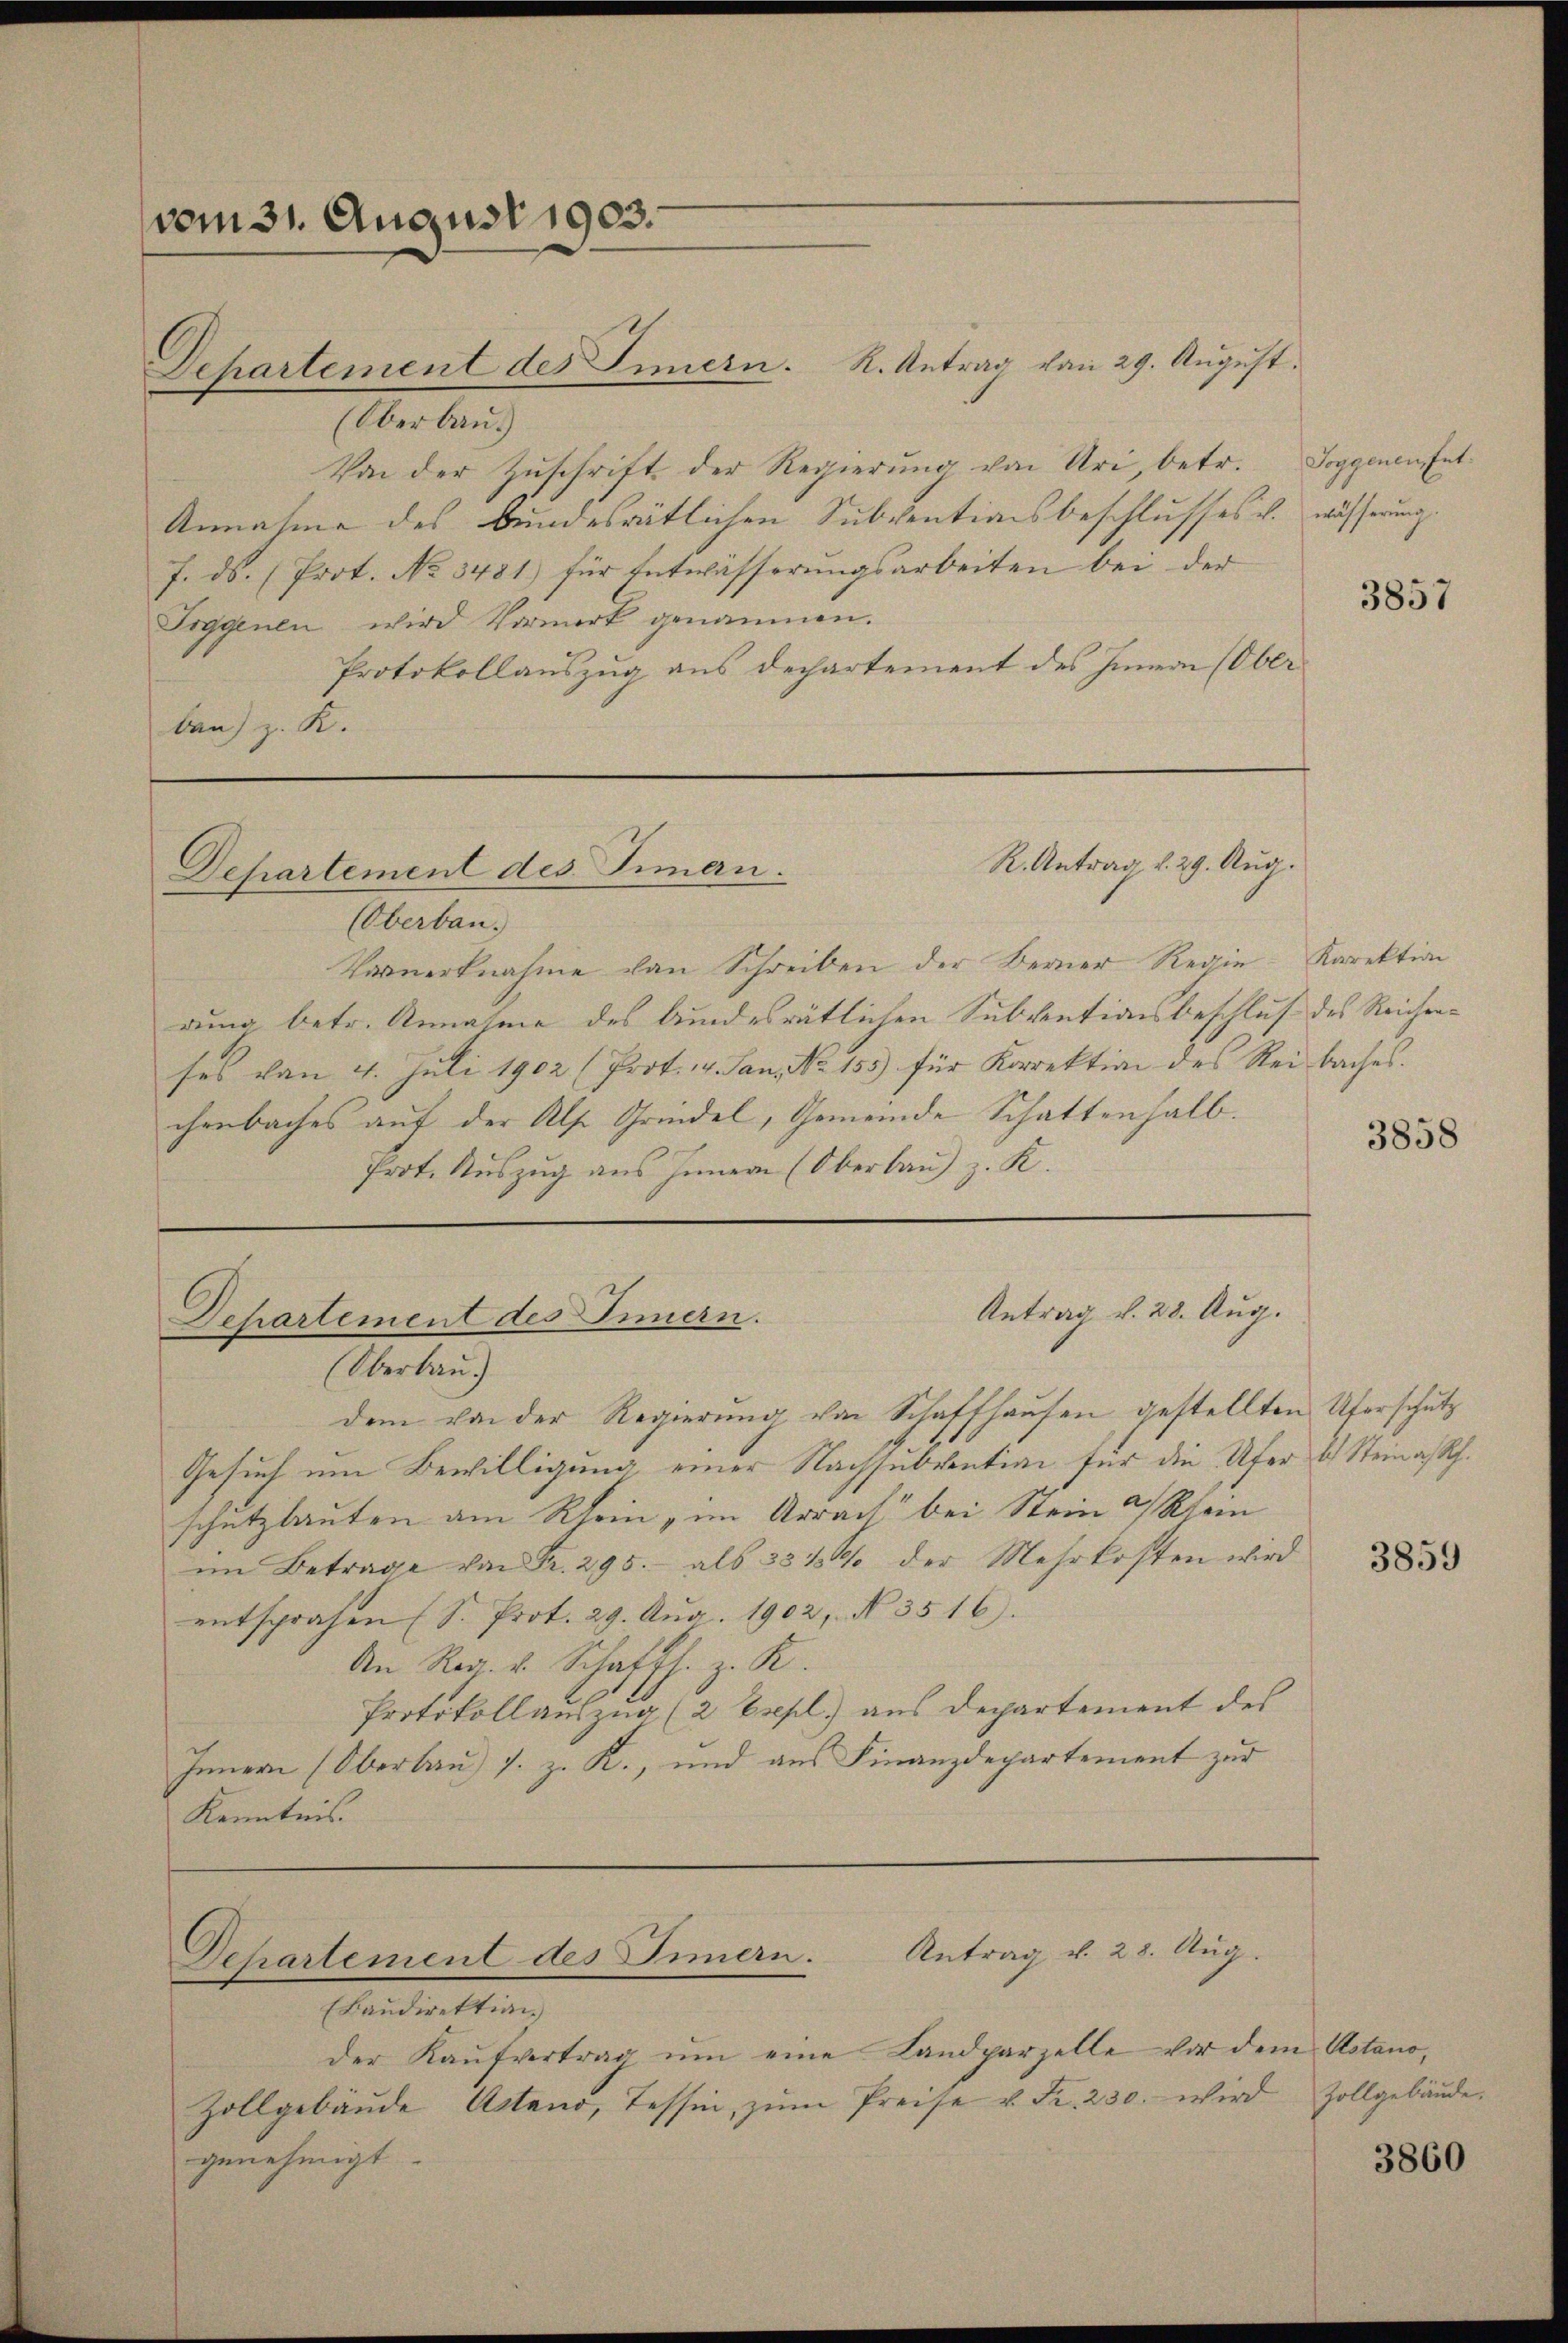
vom 31. August 1903.

Überlang
Von der Zŭschrift der Regierŭng von Uri betr. Soggenen Ent¬
Annahme des bundesrätlichen Subventionsbeschlusses v. wässerung
f. ds. (Prot. No 3481) für Entwässerungsarbeiten bei der
Toggenen wird Vormerk genommen.
Protokollauszug aus Departement des Innern (Ober
ben) z. R.

Departement des Innern. R. Antrag von 29. August.

Departement des Innern.

Departement des Innern.

R. Antrag v. 29. Aug.

(Oberbau.
Vernerknahme von Schreiben der Berner Regie-Karektion
dung betr. Annahme des bundesrätlichen Subventionsbeschluß des Reichenses von 4. Juli 1902 (Prot. 4. Jan. No 155) für Korrektion des Reibaches.
chenbaches auf der Als Grindel, Gemeinde Schattenhalb.
Prot. Auszug aus Innern (Oberbau) z. K.

Oberbau
dem von der Regierung von Schaffhausen gestellten Uferschutz
Gesuch um Bewilligung einer Nachsubvention für die Ufer & Steinasch.
schutzbauten am Rhein im Arrach bei Stein Rhein
im Betrage von Fr. 295. als 331 % der Mehrkosten wird
entsprachen (S. Prot. 29. Aŭg. 1902, No. 3516.
An Reg. v. Schaffh. z. R.
Protokollauszug (2 Esepl) aus Departement des
Innern (Oberbau) s. z. K., und aus Finanzdepartement zur
Kenntnis.

(Baudirektion
der Kaŭfvertrag ŭm eine Landparzelle vor dem Astano,
Zollgebäŭde Acteno, Tessin, zŭm Preise u. Fr. 230. wird Zollgebäŭde.
genehmigt.

Antrag v. 28. Aug.

Departement des Innern. Antrag v. 28. Aŭg.

3857

3858

3859

3860